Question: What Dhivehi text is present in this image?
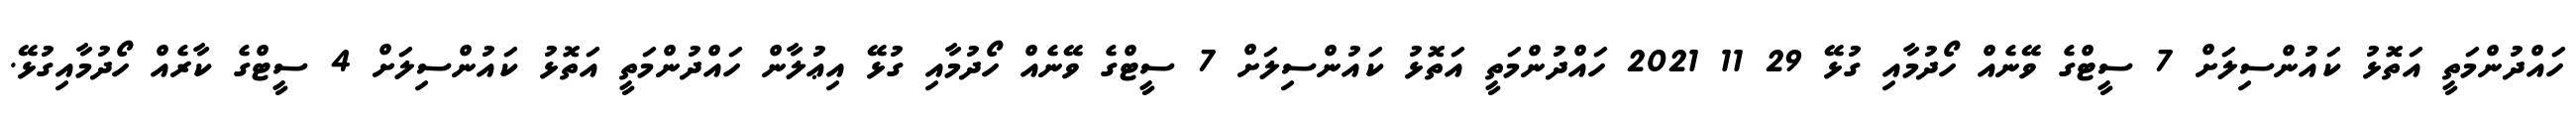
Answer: ހައްދުންމަތީ އަތޮޅު ކައުންސިލަށް 7 ސީޓްގެ ވޭނެއް ހޯދުމާއި ގުޅޭ 29 11 2021 ހައްދުންމަތީ އަތޮޅު ކައުންސިލަށް 7 ސީޓްގެ ވޭނެއް ހޯދުމާއި ގުޅޭ އިޢުލާން ހައްދުންމަތީ އަތޮޅު ކައުންސިލަށް 4 ސީޓްގެ ކާރެއް ހޯދުމާއިގުޅޭ.